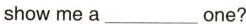
show me a ___ one?